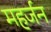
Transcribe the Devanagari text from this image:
महर्जन